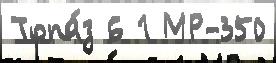
Топа́з 6 1 МР-350